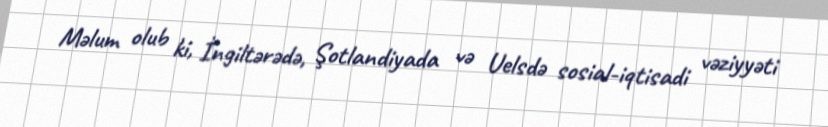
Məlum olub ki, İngiltərədə, Şotlandiyada və Uelsdə sosial-iqtisadi vəziyyəti